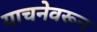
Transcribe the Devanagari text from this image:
याचनेवरून